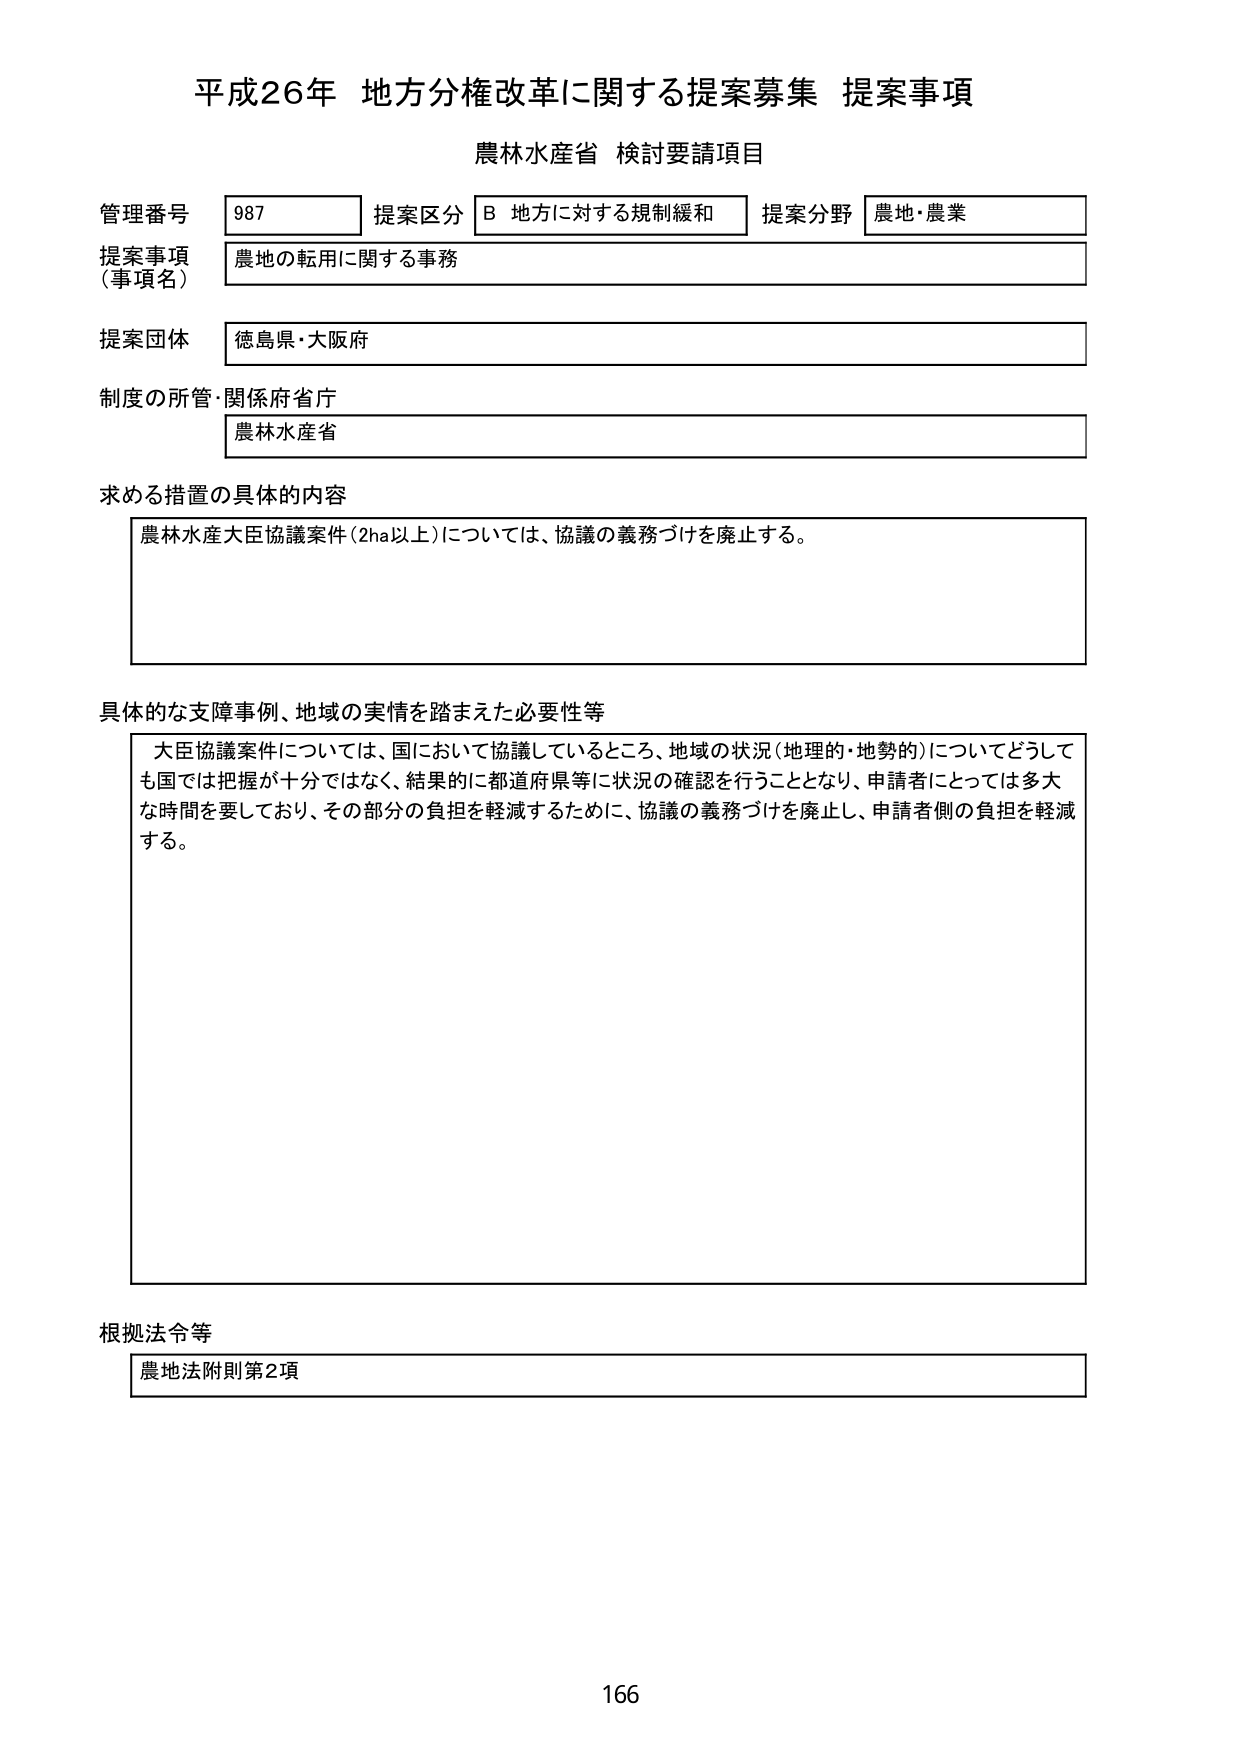
平成26年 地方分権改革に関する提案募集 提案事項
農林水産省 検討要請項目

管理番号 987 提案区分 B 地方に対する規制緩和 提案分野 農地・農業
提案事項（事項名） 農地の転用に関する事務
提案団体 徳島県・大阪府
制度の所管・関係府省庁 農林水産省

求める措置の具体的な内容
農林水産大臣協議案件（2ha以上）については、協議の義務づけを廃止する。

具体的な支障事例、地域の実情を踏まえた必要性等
大臣協議案件については、国において協議しているところ、地域の状況（地理的・地勢的）についてどうしても国では把握が十分ではなく、結果的に都道府県等に状況の確認を行うこととなり、申請者にとっては多大な時間を要しており、その部分の負担を軽減するために、協議の義務づけを廃止し、申請者側の負担を軽減する。

根拠法令等
農地法附則第2項

166